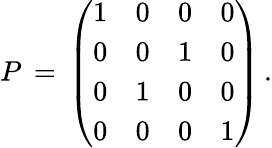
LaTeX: P\, =\, \left(\begin{array}{cccc}{{1}}&{{0}}&{{0}}&{{0}}\\ {{0}}&{{0}}&{{1}}&{{0}}\\ {{0}}&{{1}}&{{0}}&{{0}}\\ {{0}}&{{0}}&{{0}}&{{1}}\end{array}\right)\, .